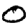
Digit: 0